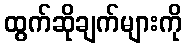
ထွက်ဆိုချက်များကို